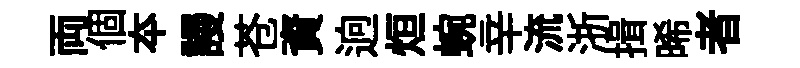
両個夲謾苍資逈烜蜿辛流浙揖晞者